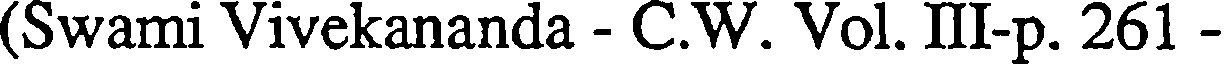
(Swami Vivekananda - C.W. Vol. III-p. 261 -